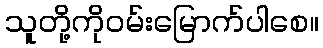
သူတို့ကိုဝမ်းမြောက်ပါစေ။